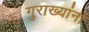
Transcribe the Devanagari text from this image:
गुराख्यांना